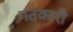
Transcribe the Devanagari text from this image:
गतकारी